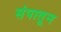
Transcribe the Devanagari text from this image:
संपातून